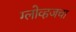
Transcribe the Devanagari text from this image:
ग्लोव्हजचा